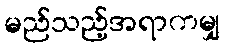
မည်သည့်အရာကမျှ